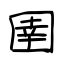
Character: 圉